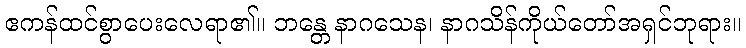
ဧကန်ထင်စွာပေးလေရာ၏။ ဘန္တေ နာဂသေန၊ နာဂသိန်ကိုယ်တော်အရှင်ဘုရား။